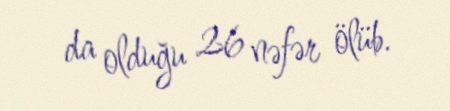
da olduğu 26 nəfər ölüb.